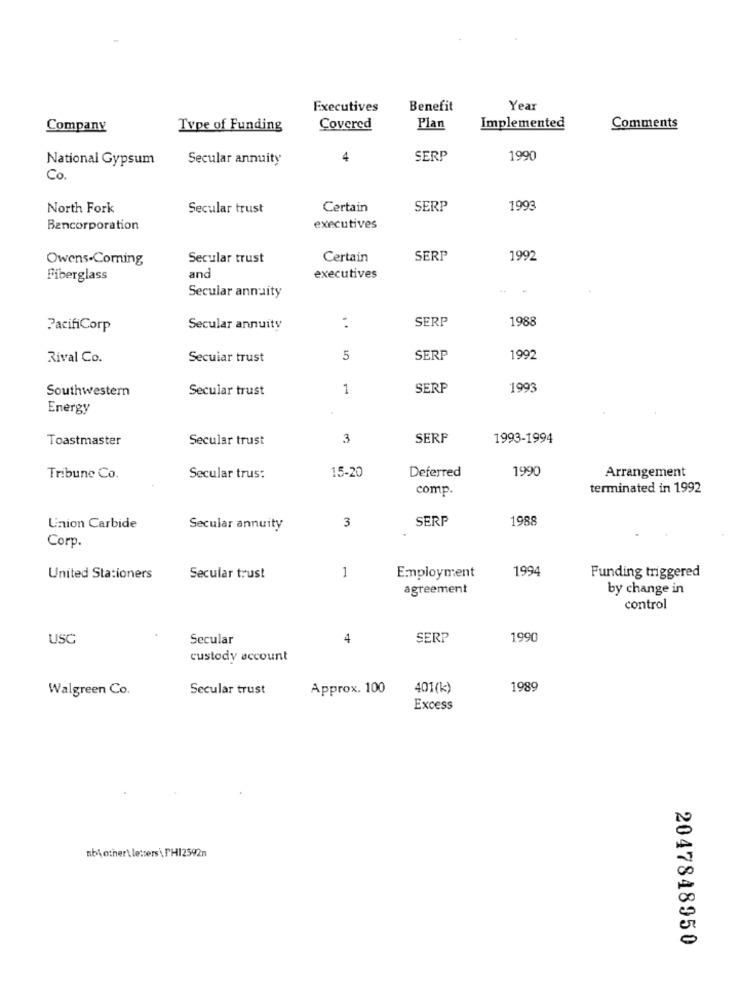
Executives
Benefit
Year
Company
Type of Funding
Covered
Plan
Implemented
Comments
National Gypsum
Secular annuity
4
SERP
1990
Co.
North Fork
Secular trust
Certain
SERP
1993
Bancorporation
executives
Owens-Coming
Secular trust
Certain
SERP
1992
and
Fiberglass
executives
Secular annuity
SERP
1988
PacifiCorp
Secular annuity
Rival Co.
Secuiar trust
5
SERP
1992
Southwestern
Secular trust
1
SERF
1993
Energy
Toastmaster
Secular trust
3
SERP
1993-1994
Deferred
1990
Arrangement
Tribune Co.
Secular trus:
15-20
comp.
terminated in 1992
3
SERP
1988
Union Carbide
Secular annuity
Corp.
1
1994
United Stationers
Secular trust
Employment
Funding triggered
agreement
by change in
control
USC
Secular
4
SERP
1990
custody account
Walgreen Co.
Secular trust
Approx. 100
401(k)
1989
Excess
nbi other\ letters \ PH12592n
2047848950